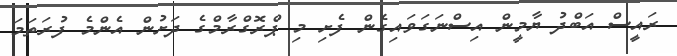
ރައީސް އަބްދު ޔާމީން އިސްނަގަވައިގެން ފެށި މި ޕްރޮގްރާމްގެ ދަށުން އެންމެ ފުރަތަމަ